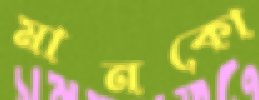
মানকো